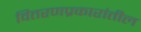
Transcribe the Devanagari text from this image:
वितरणप्रकारांतील